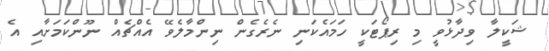
ޝަކީލާ ވިދާޅުވީ މި ރިޕޯޓަކީ ހަމައެކަނި ނެރެގެން ނިންމާލެވޭ އެއްޗެއް ނޫންކަމަށާއި އެ